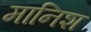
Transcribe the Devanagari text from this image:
मानिश